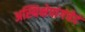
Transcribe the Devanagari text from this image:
अस्थिक्षेपांगंचेदं